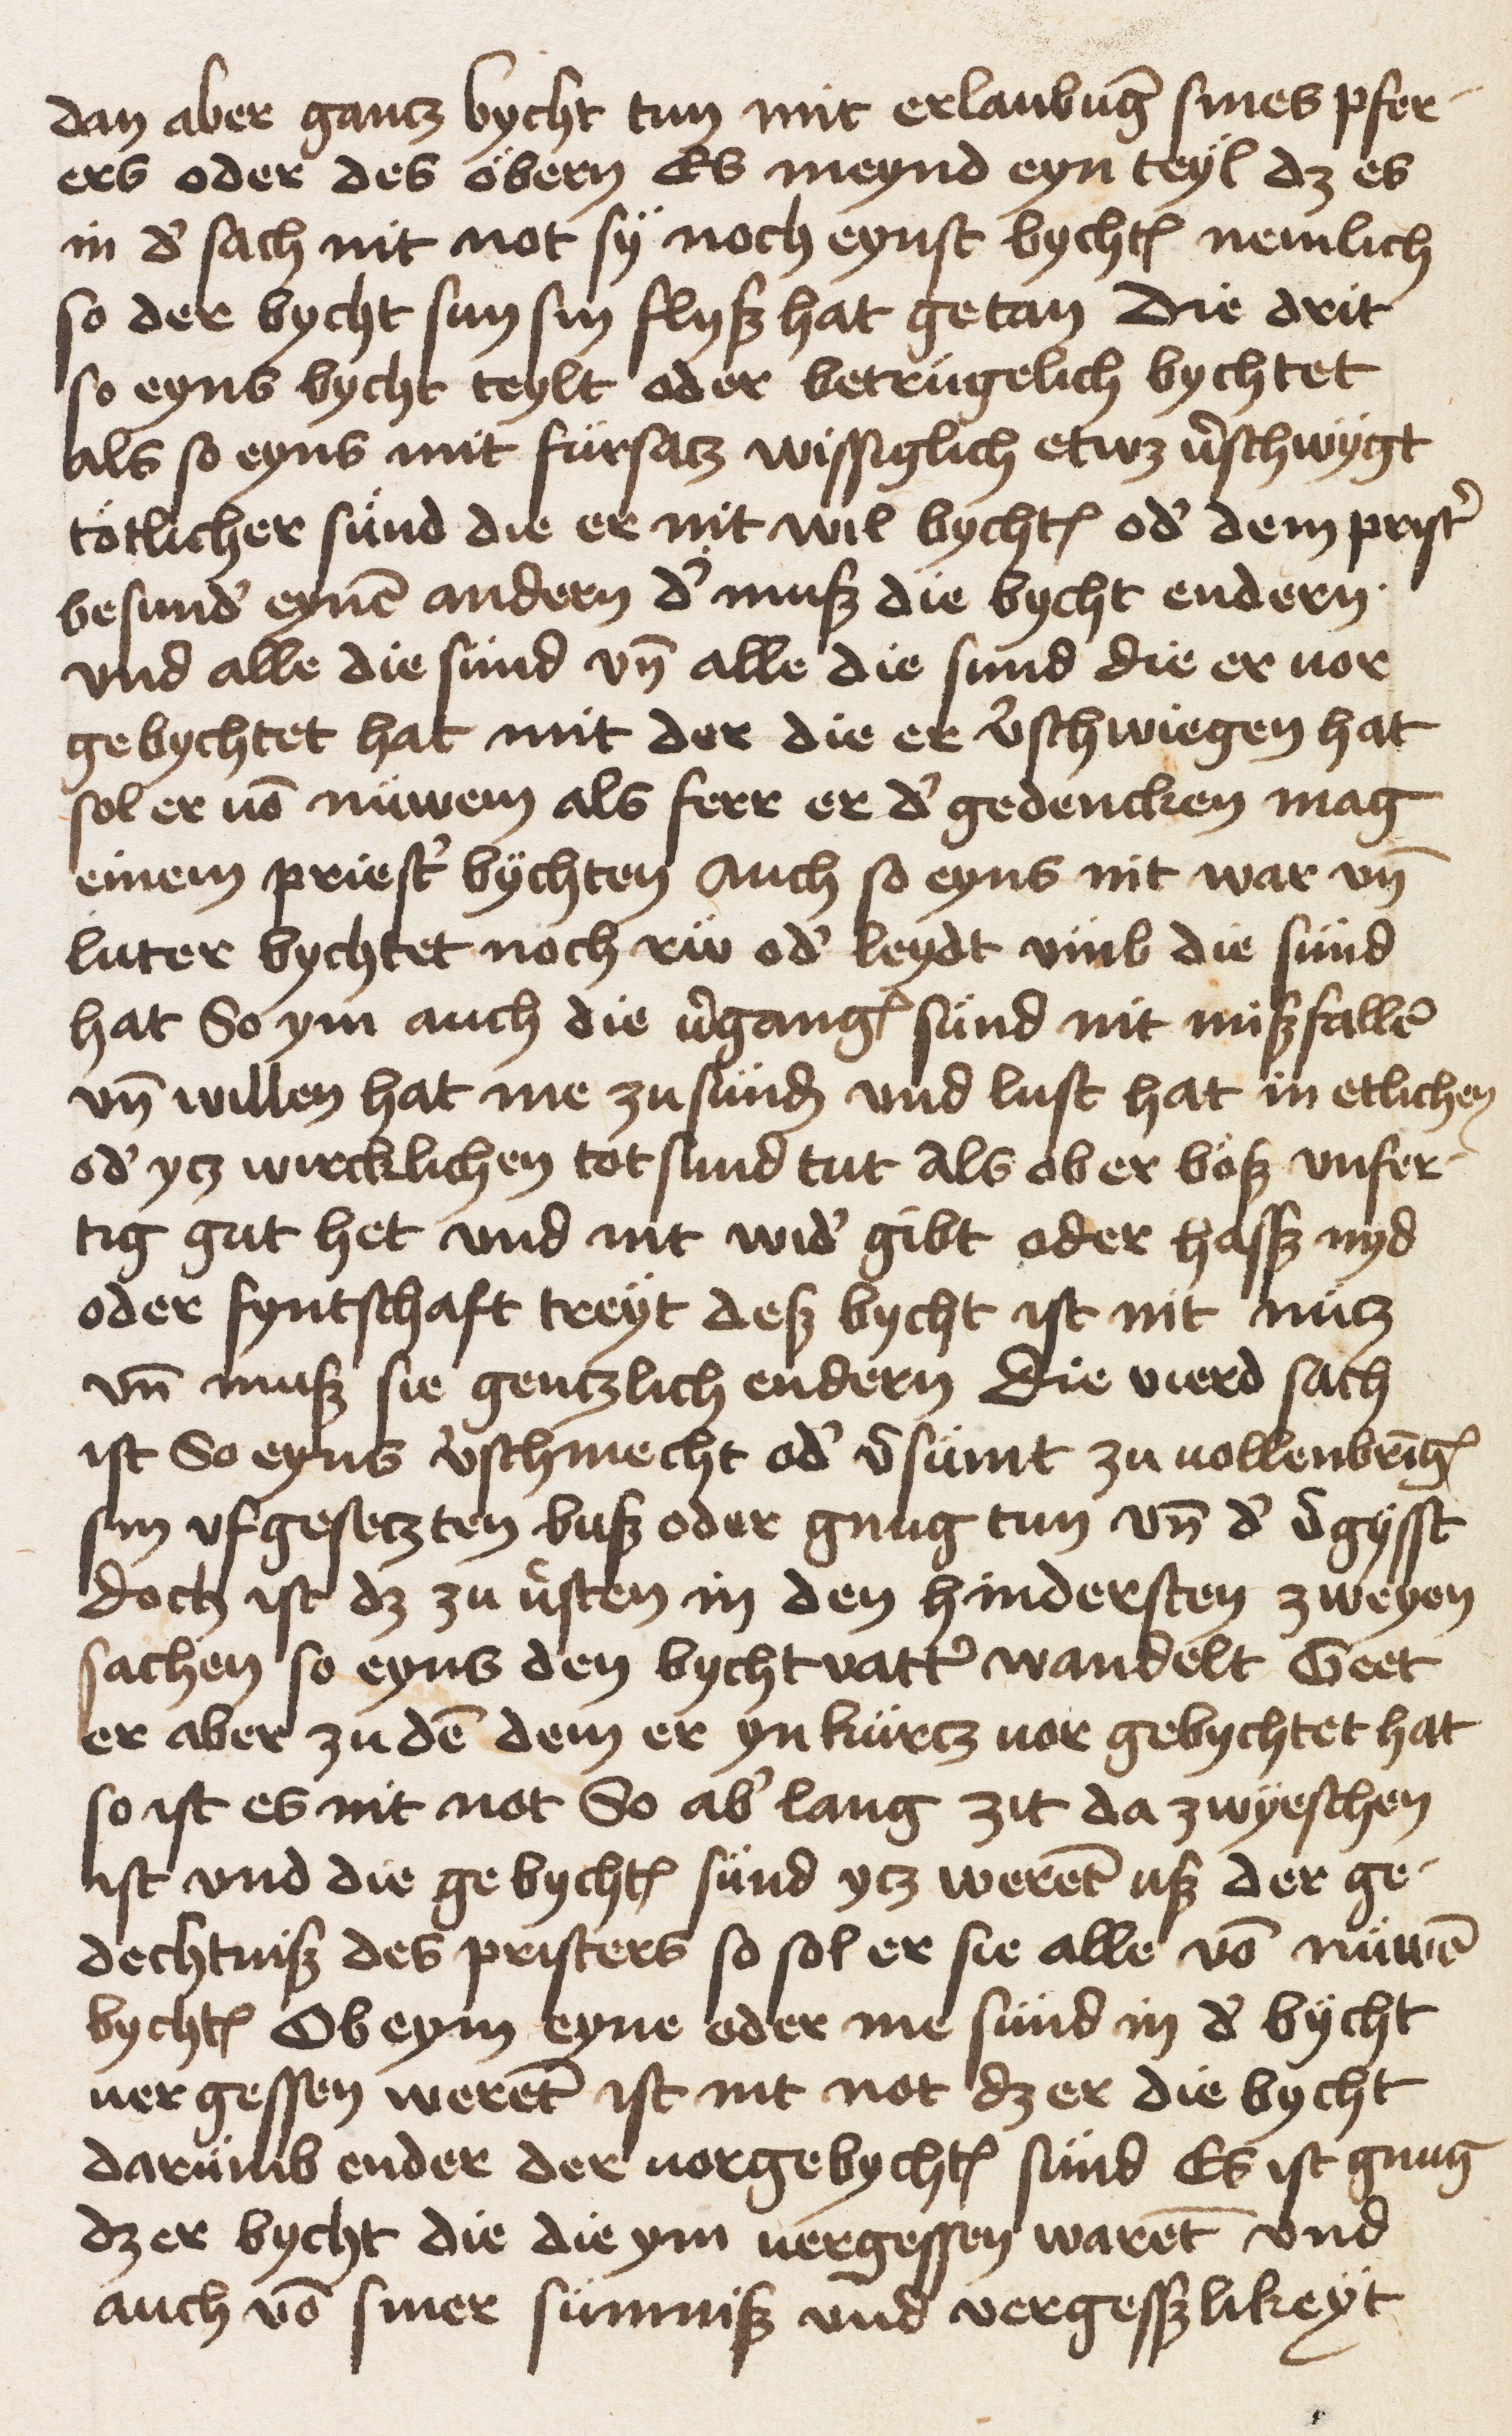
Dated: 1453–1453